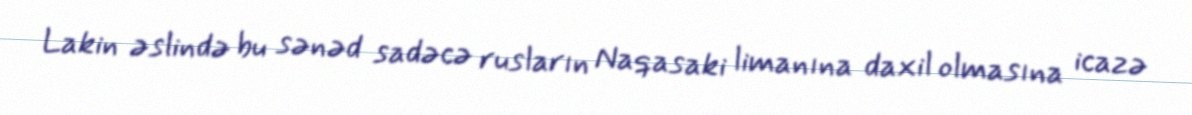
Lakin əslində bu sənəd sadəcə rusların Naqasaki limanına daxil olmasına icazə